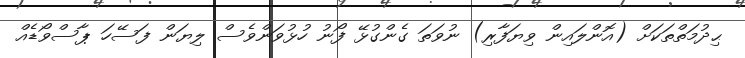
ޙިދުމަތްތަކަށް (އޮންލައިން ވިޔަފާރި) ނުވަތަ ގެންގުޅޭ ފޯނު ހުޅުވަންވެސް ލިޔަން ފަސޭހަ ޕާސްވޯޑެއް